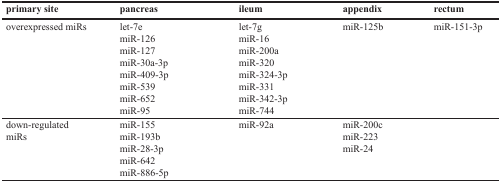
| primary site | pancreas | ileum | appendix | rectum |
 | --- | --- | --- | --- | --- |
 | overexpressed miRs | let-7emiR-126miR-127miR-30a-3pmiR-409-3pmiR-539miR-652miR-95 | let-7gmiR-16miR-200amiR-320miR-324-3pmiR-331miR-342-3pmiR-744 | miR-125b | miR-151-3p |
 | down-regulated miRs | miR-155miR-193bmiR-28-3pmiR-642miR-886-5p | miR-92a | miR-200cmiR-223miR-24 |  |